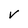
Character: v